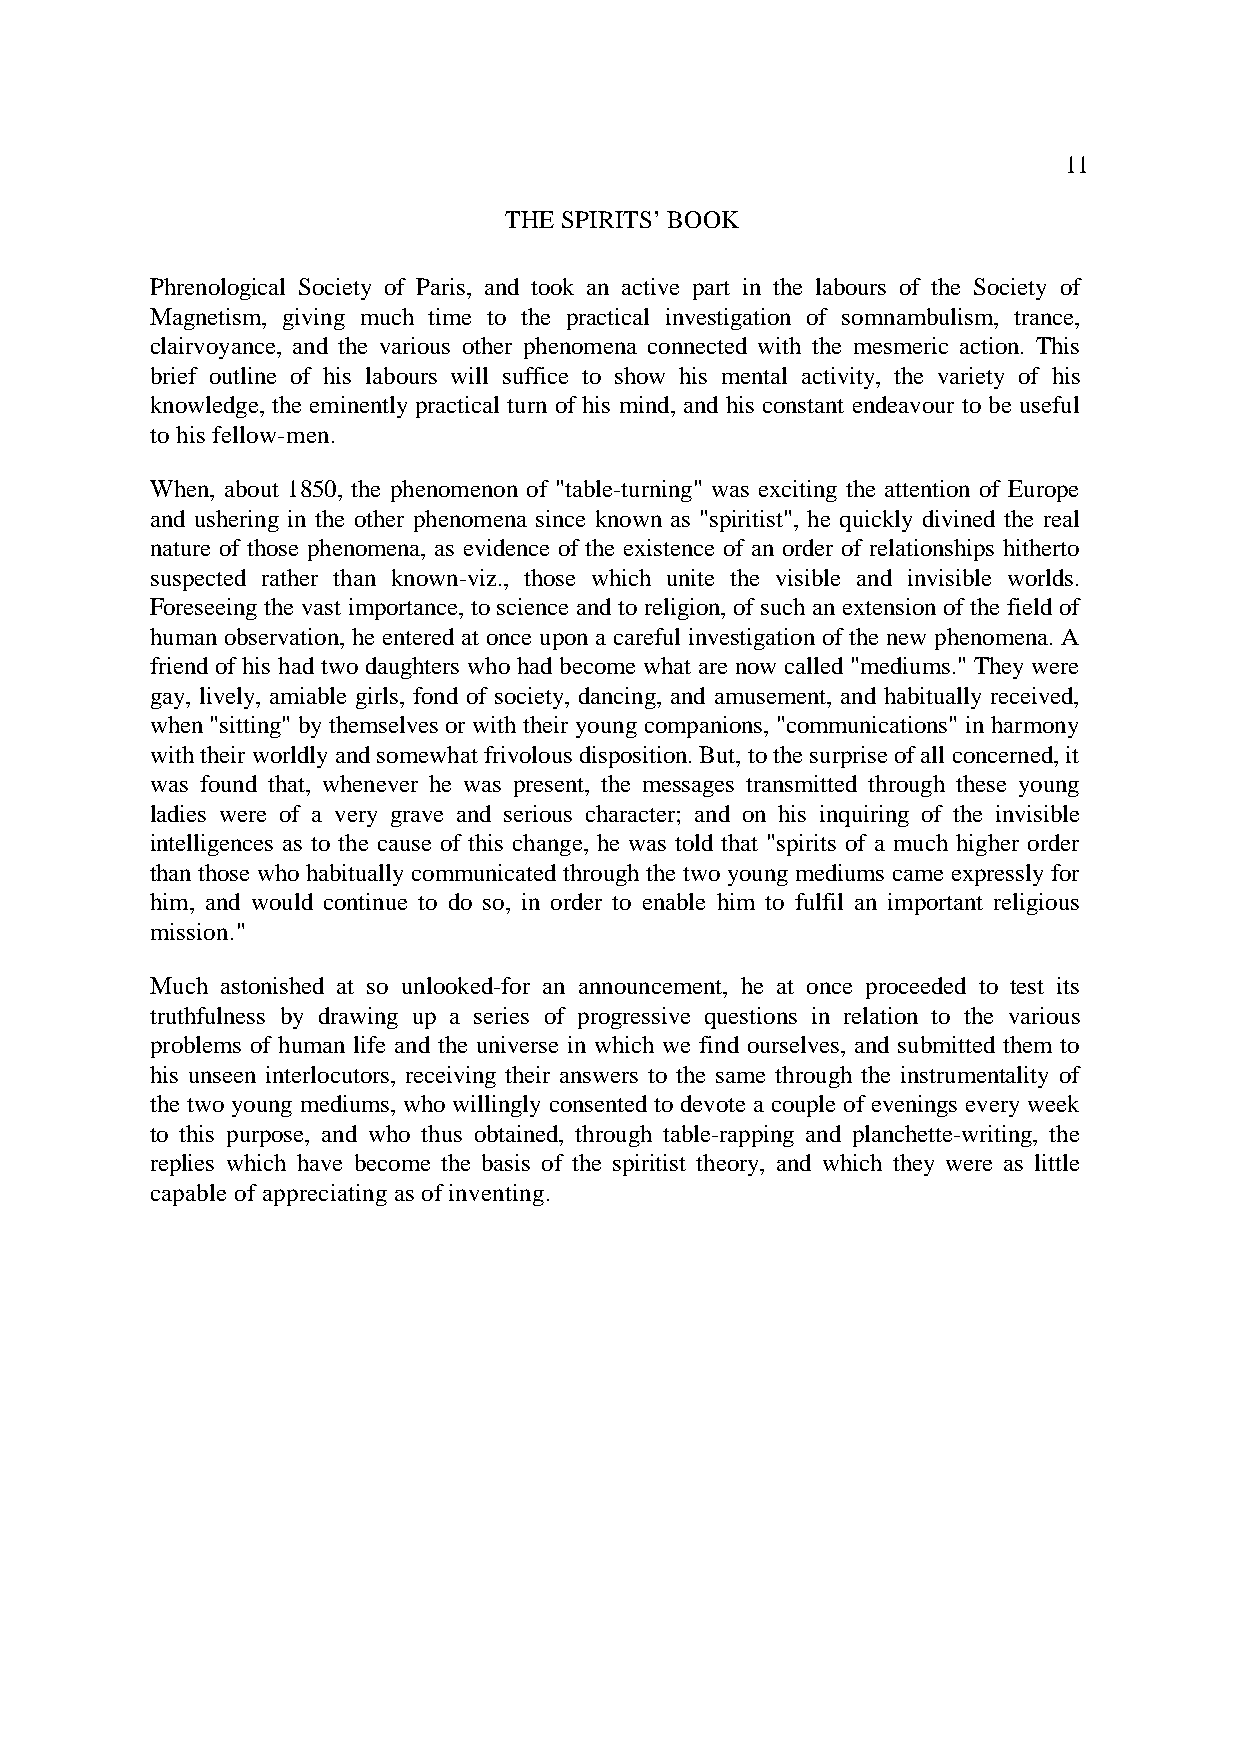
11
 THE SPIRITS’ BOOK
 Phrenological Society of Paris, and took an active part in the labours of the Society of
 Magnetism, giving much time to the practical investigation of somnambulism, trance,
 clairvoyance, and the various other phenomena connected with the mesmeric action. This
 brief outline of his labours will suffice to show his mental activity, the variety of his
 knowledge, the eminently practical turn of his mind, and his constant endeavour to be useful
 to his fellow-men.
 When, about 1850, the phenomenon of "table-turning" was exciting the attention of Europe
 and ushering in the other phenomena since known as "spiritist", he quickly divined the real
 nature of those phenomena, as evidence of the existence of an order of relationships hitherto
 suspected rather than known-viz., those which unite the visible and invisible worlds.
 Foreseeing the vast importance, to science and to religion, of such an extension of the field of
 human observation, he entered at once upon a careful investigation of the new phenomena. A
 friend of his had two daughters who had become what are now called "mediums." They were
 gay, lively, amiable girls, fond of society, dancing, and amusement, and habitually received,
 when "sitting" by themselves or with their young companions, "communications" in harmony
 with their worldly and somewhat frivolous disposition. But, to the surprise of all concerned, it
 was found that, whenever he was present, the messages transmitted through these young
 ladies were of a very grave and serious character; and on his inquiring of the invisible
 intelligences as to the cause of this change, he was told that "spirits of a much higher order
 than those who habitually communicated through the two young mediums came expressly for
 him, and would continue to do so, in order to enable him to fulfil an important religious
 mission."
 Much astonished at so unlooked-for an announcement, he at once proceeded to test its
 truthfulness by drawing up a series of progressive questions in relation to the various
 problems of human life and the universe in which we find ourselves, and submitted them to
 his unseen interlocutors, receiving their answers to the same through the instrumentality of
 the two young mediums, who willingly consented to devote a couple of evenings every week
 to this purpose, and who thus obtained, through table-rapping and planchette-writing, the
 replies which have become the basis of the spiritist theory, and which they were as little
 capable of appreciating as of inventing.